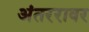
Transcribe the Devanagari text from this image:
अंतररावर